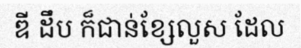
ឌី ដឹប ក៏ជាន់ខ្សែលួស ដែល